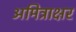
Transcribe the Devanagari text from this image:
अमित्राक्षर